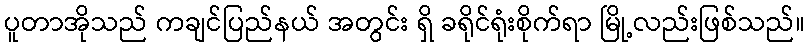
ပူတာအိုသည် ကချင်ပြည်နယ် အတွင်း ရှိ ခရိုင်ရုံးစိုက်ရာ မြို့လည်းဖြစ်သည်။